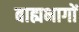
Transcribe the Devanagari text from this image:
बाह्यभागों